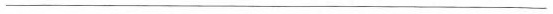
___